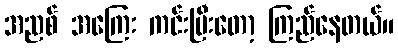
အညစ် အကြေး ကင်းပြီးတော့ ကြည်နေတယ်။